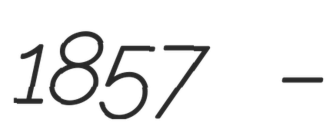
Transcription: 1857 –